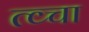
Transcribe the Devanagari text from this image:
त्व्चा